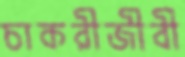
চাকরীজীবী